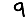
Digit: 9